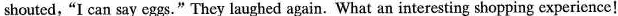
shouted,"I can say eggs." They laughed again. What an interesting shopping experience!